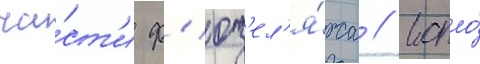
ча́ст'и ф'юз'ел'я́жа // Сопло́